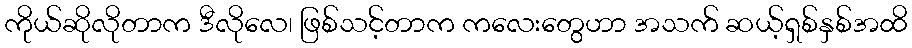
ကိုယ်ဆိုလိုတာက ဒီလိုလေ၊ ဖြစ်သင့်တာက ကလေးတွေဟာ အသက် ဆယ့်ရှစ်နှစ်အထိ